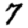
Digit: 7